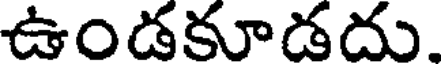
ఉండకూడదు.